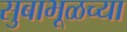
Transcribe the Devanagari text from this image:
सुबाभूळच्या